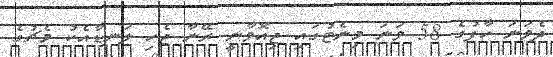
ދެވަނަ ހާފުގެ 58 ވަނަ މިނެޓުގައި ޖިއޮވާނީ ރޭނާ ޖެހި ލަނޑާއެކު މެޗުގެ